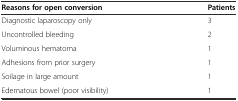
| Reasons for open conversion | Patients |
 | --- | --- |
 | Diagnostic laparoscopy only | 3 |
 | Uncontrolled bleeding | 2 |
 | Voluminous hematoma | 1 |
 | Adhesions from prior surgery | 1 |
 | Soilage in large amount | 1 |
 | Edematous bowel (poor visibility) | 1 |